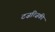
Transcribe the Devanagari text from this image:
टज़त्ज़िकी